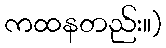
ကထနတည်း။)